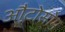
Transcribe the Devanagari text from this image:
औटोसोम